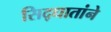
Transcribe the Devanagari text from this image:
सिद्धातांने